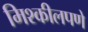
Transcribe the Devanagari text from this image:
मिश्कीलपणे